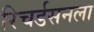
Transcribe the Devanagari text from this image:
रिचर्डसनला